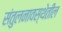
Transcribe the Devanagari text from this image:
संतुलनावस्थेतील